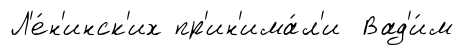
Л'е́н'инск'их пр'ин'има́л'и Вад'и́м